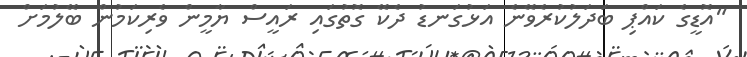
"އޮޑީގެ ކައްޕި ބަދަލުކުރެވޭނެ އަޅުގަނޑު ދެކޭ ގޮތުގައި ރައީސް ޔާމީން ވެރިކަމުން ބޭލުމަށް